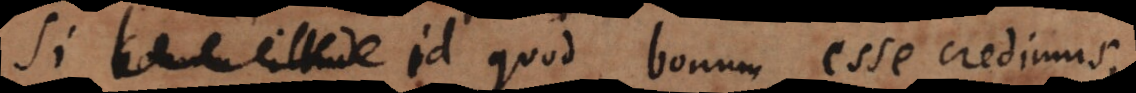
Si id quod bonum esse credimus,